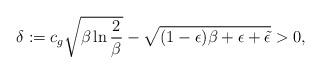
LaTeX: \begin{align*} \delta:=c_g\sqrt{\beta\ln \frac{2}{\beta}}-\sqrt{(1-\epsilon)\beta+\epsilon+\tilde{\epsilon}}>0,\end{align*}